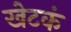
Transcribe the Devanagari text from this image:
खेटकं